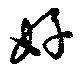
好